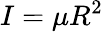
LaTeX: I=\mu R^{2}